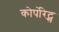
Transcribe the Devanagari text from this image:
कोर्पोरेट्स